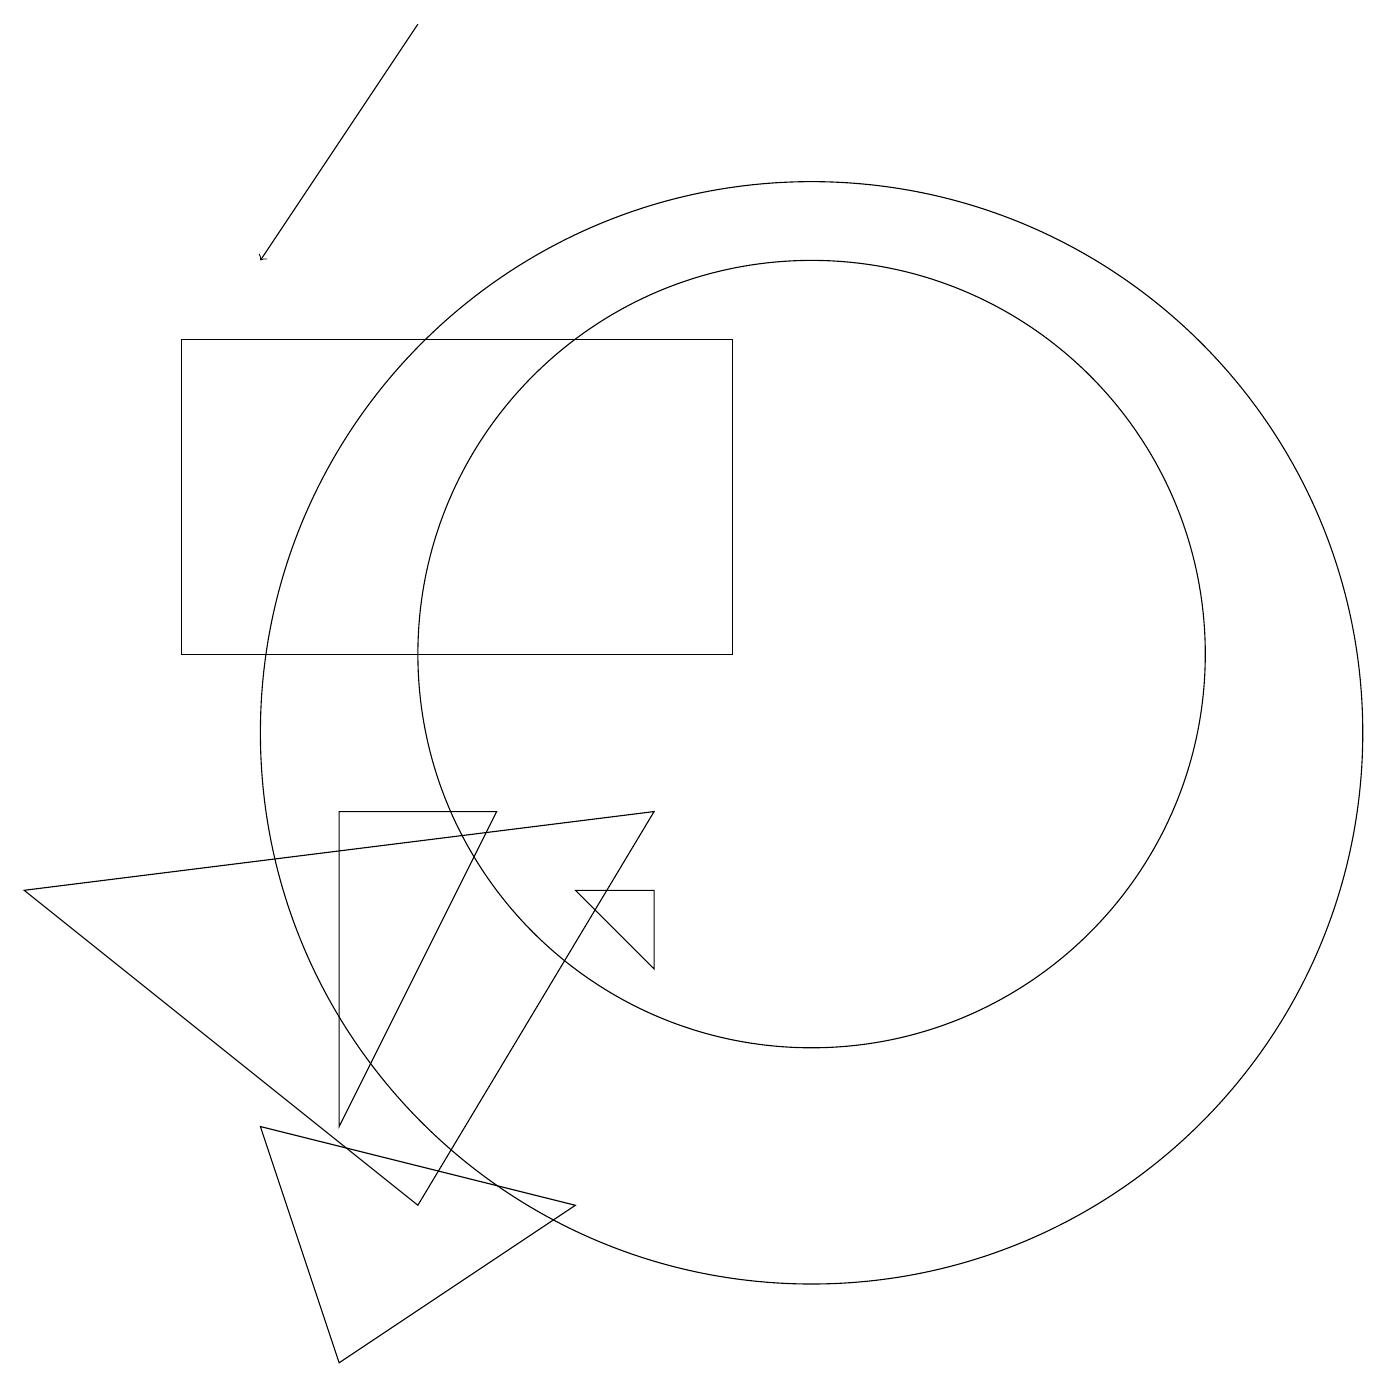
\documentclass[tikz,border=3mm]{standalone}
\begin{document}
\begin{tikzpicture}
\draw (10,10) circle (7);
\draw (10,11) circle (5);
\draw (8,7) -- (8,8) -- (7,8) -- cycle;
\draw (0,8) -- (8,9) -- (5,4) -- cycle;
\draw (7,4) -- (4,2) -- (3,5) -- cycle;
\draw (9,15) rectangle (2,11);
\draw[->] (5,19) -- (3,16);
\draw (4,5) -- (6,9) -- (4,9) -- cycle;
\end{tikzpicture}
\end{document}